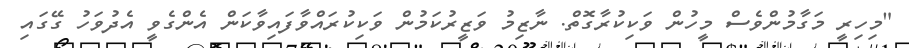
"މިހިރީ މަގާމުންވެސް މީހުން ވަކިކުރާގޮތް. ނާޒިމު ވަޒީރުކަމުން ވަކިކުރައްވާފައިވާކަން އެންގެވީ އެދުވަހު ގޭގައި